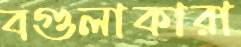
বগুলাকারা